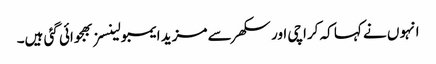
انہو ں نے کہا کہ کراچی اور سکھر سے مزید ایمبولینسز بھجوائی گئی ہیں۔